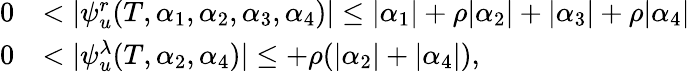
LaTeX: \begin{array}{rl}{0}&{<|\psi_{u}^{r}(T,\alpha_{1},\alpha_{2},\alpha_{3},\alpha_{4})|\leq|\alpha_{1}|+\rho|\alpha_{2}|+|\alpha_{3}|+\rho|\alpha_{4}|}\\ {0}&{<|\psi_{u}^{\lambda}(T,\alpha_{2},\alpha_{4})|\leq+\rho(|\alpha_{2}|+|\alpha_{4}|),}\end{array}